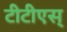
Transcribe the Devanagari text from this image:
टीटीएस्